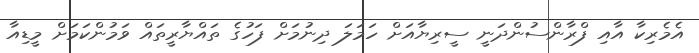
އެމެރިކާ އާއި ފްރާންސުންދަނީ ސީރިޔާއަށް ހަމަލަ ދިނުމަށް ފަހުގެ ތައްޔާރީތައް ވަމުންކަމަށް މީޑިއާ